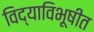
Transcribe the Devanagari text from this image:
विद्याविभूषीत